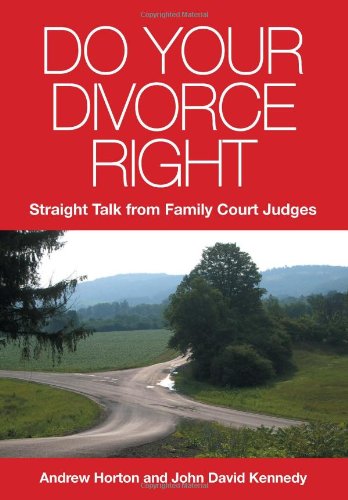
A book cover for Do Your Divorce Right: Straight Talk From Family Court Judges; Andrew Horton; Law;